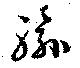
輸